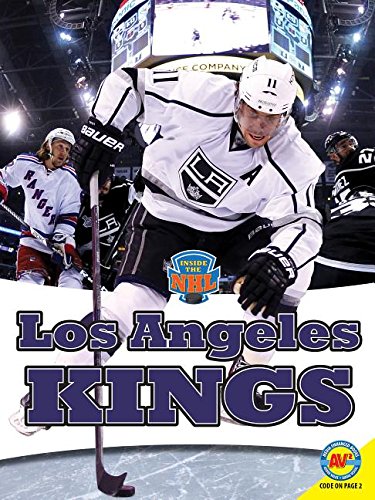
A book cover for Los Angeles Kings (Inside the NHL); Aaron Carr; Children's Books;